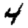
Digit: 4